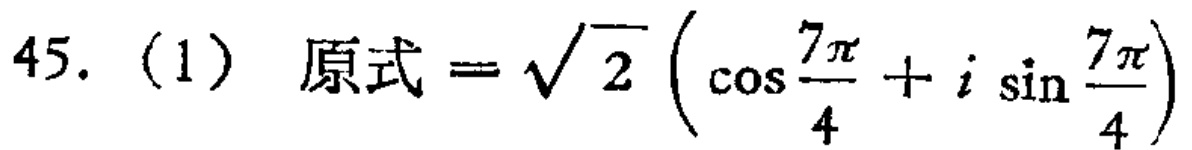
45.（1）原式$=\sqrt{2}\left(\cos\frac{7\pi}{4}+i\sin\frac{7\pi}{4}\right)$